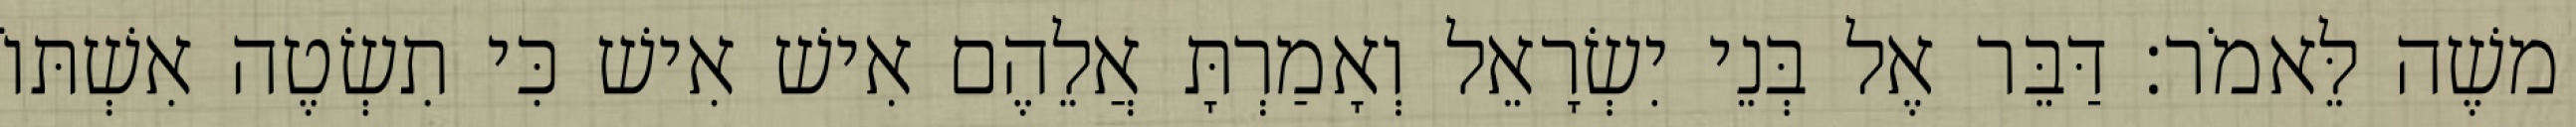
משֶׁה לֵּאמֹר׃ דַּבֵּר אֶל בְּנֵי יִשְׂרָאֵל וְאָמַרְתָּ אֲלֵהֶם אִישׁ אִישׁ כִּי תִשְׂטֶה אִשְׁתּוֹ